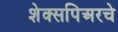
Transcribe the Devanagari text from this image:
शेक्सपिअरचे